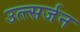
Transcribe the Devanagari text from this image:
उत्त्सर्जन